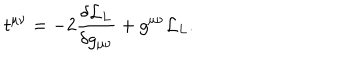
t ^ { \mu \nu } = - 2 { \frac { \delta { \cal L } _ { L } } { \delta g _ { \mu \nu } } } + g ^ { \mu \nu } { \cal L } _ { L } .